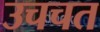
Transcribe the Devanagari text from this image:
उचचत